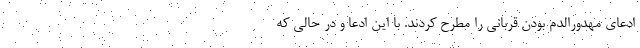
ادعای مهدورالدم بودن قربانی را مطرح کردند. با این ادعا و در حالی که